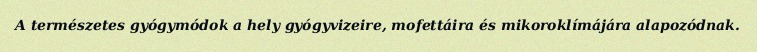
A természetes gyógymódok a hely gyógyvizeire, mofettáira és mikoroklímájára alapozódnak.